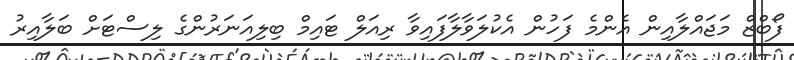
ފޯބްޒް މަޖައްލާއިން އެންމެ ފަހުން އެކުލަވާލާފައިވާ ރިއަލް ޓައިމް ބިލިއަނަރުންގެ ލިސްޓަށް ބަލާއިރު